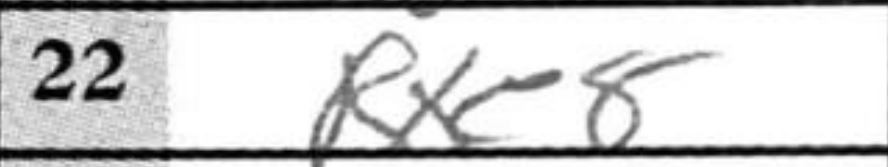
Transcription: Rxe8